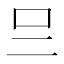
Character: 𠮡